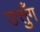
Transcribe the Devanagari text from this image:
उत्तुँग